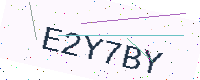
Text: E2Y7BY